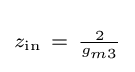
\scriptstyle z_{\text{in}}~=~{\frac {2}{g_{m3}}}